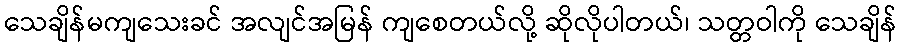
သေချိန်မကျသေးခင် အလျင်အမြန် ကျစေတယ်လို့ ဆိုလိုပါတယ်၊ သတ္တဝါကို သေချိန်